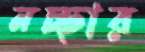
নচ্ছার